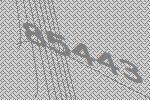
85443